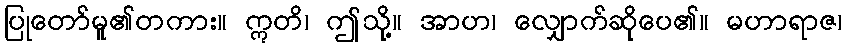
ပြုတော်မူ၏တကား။ ဣတိ၊ ဤသို့။ အာဟ၊ လျှောက်ဆိုပေ၏။ မဟာရာဇ၊